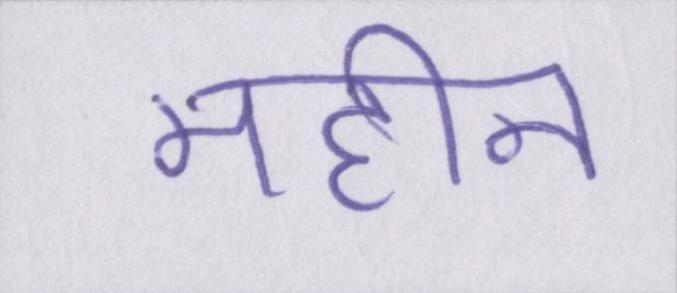
महीन